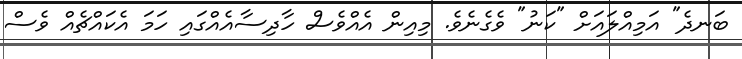
ބަނދެ" އަމިއްލައަށް "ކަނު" ވެގެނެވެ. މިއިން އެއްވެސް ހާދިސާއެއްގައި ހަމަ އެކައްޗެއް ވެސް